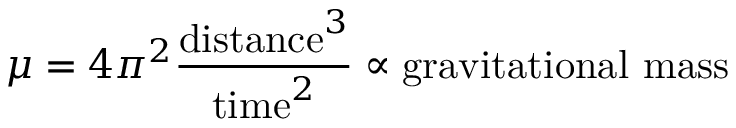
\mu = 4 \pi ^ { 2 } { \frac { { \mathrm { d i s t a n c e } } ^ { 3 } } { { \mathrm { t i m e } } ^ { 2 } } } \propto { \mathrm { g r a v i t a t i o n a l ~ m a s s } }